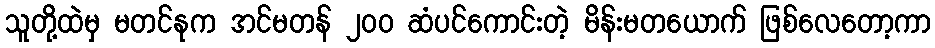
သူတို့ထဲမှ မတင်နုက အင်မတန် ၂၀၀ ဆံပင်ကောင်းတဲ့ မိန်းမတယောက် ဖြစ်လေတော့ကာ